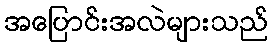
အပြောင်းအလဲများသည်